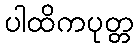
ပါထိကပုတ္တ